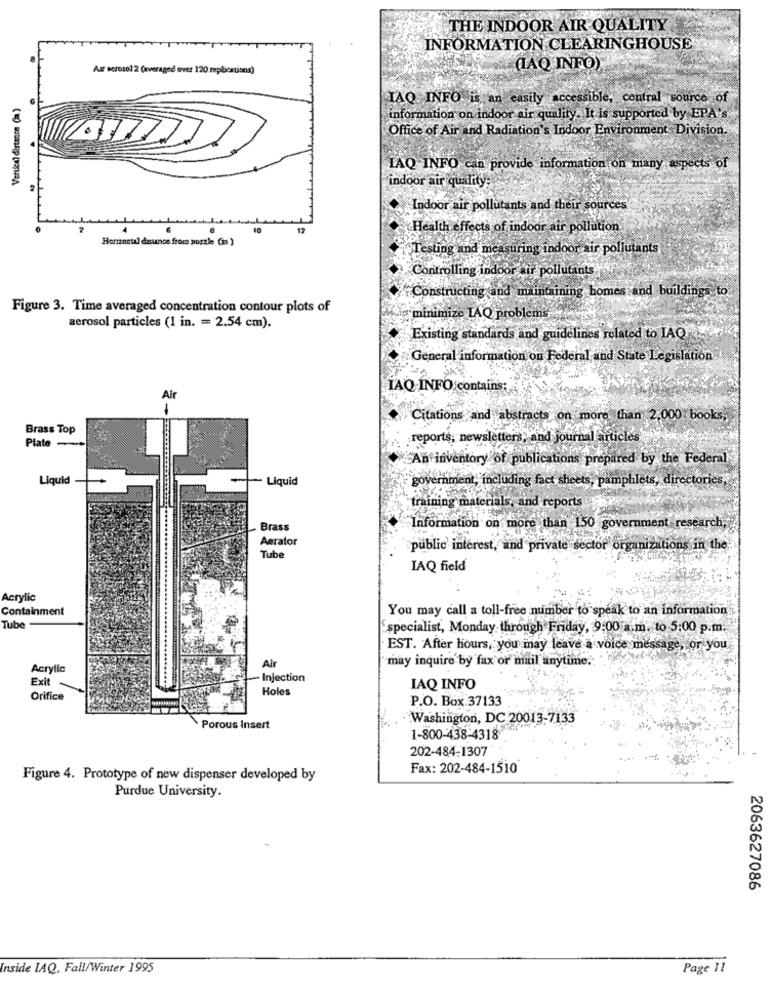
THE INDOOR AIR QUALITY
INFORMATION CLEARINGHOUSE
Aur seresol 2 (averaged over 120 replications)
(AQ INFO)
Vertical distance (ha )
IAQ INFO is an easily accessible, central source of
information on indoor air quality. It is supported by EPA's
Office of Air and Radiation's Indoor Environment Division.
LAQ INFO can provide information on many aspects of
indoor air quality:
Indoor air pollutants and their sources'
.
12
Health effects of indoor air pollution
Horizontal dasunce frees nozzle (in )
Testing and measuring indoor air pollutants
Controlling indoor air pollutants
Constructing and maintaining homes and buildings to
Figure 3. Time averaged concentration contour plots of
`minimize IAQ problems
aerosol particles (1 in. = 2.54 cm).
Existing standards and guid
id guidelines related to IAQ
General information on Federal and State Legislation
IAQ- INFO contains:
Air
Citations and abstracts on more than 2.000 books,
Brass Top
Plate-
reports, newsletters, and journal articles
An inventory of publications prepared by the Federal
Liquid
- Liquid
government, including fact sheets, pamphlets, directories
training materials, and reports
Brass
Information on more than 150 government research,
Aerator
public interest, and private sector organizations in the
Tube
IAQ field
Acrylic
Containment
You may call a toll-free number to speak to an information
Tube
"specialist, Monday through Friday, 9:00 a.m. to 5:00 p.m.
EST. After hours, you may leave a voice message, or you
may inquire by fax or mail anytime.'.
Acrylic
Air
Exit
-Injection
Holes
IAQ INFO
Orifice
P.O. Box 37133 .
Washington, DC 20013-7133
Porous Insert
1-800-438-4318
202-484-1307
Fax: 202-484-1510
Figure 4. Prototype of new dispenser developed by
Purdue University.
2063627086
Inside LAQ, Fall/Winter 1995
Page 11